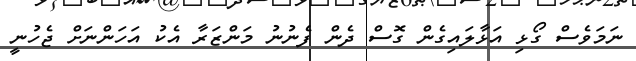
ނަމަވެސް ގޯޅި އަޅާލައިގެން ގޮސް ދެން ފެނުނު މަންޒަރާ އެކު އަހަންނަށް ޖެހުނީ